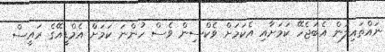
ނައްތައިލަން އެބަޖެހޭ ކަަމަށާއި އެކަމަށް ވެކްސިން ވެސް ހުންނަ ކަމަށް އެމްޑީއޭގެ ރައީސް